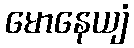
မောနေယျံ